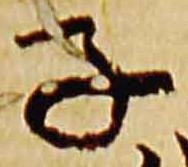
子